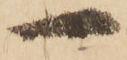
一